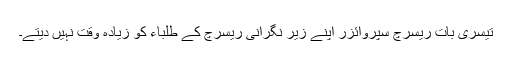
تیسری بات ریسرچ سپروائزر اپنے زیر نگرانی ریسرچ کے طلباء کو زیادہ وقت نہیں دیتے۔